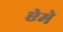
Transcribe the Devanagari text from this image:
ऐमे